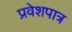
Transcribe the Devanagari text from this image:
प्रवेशपात्र